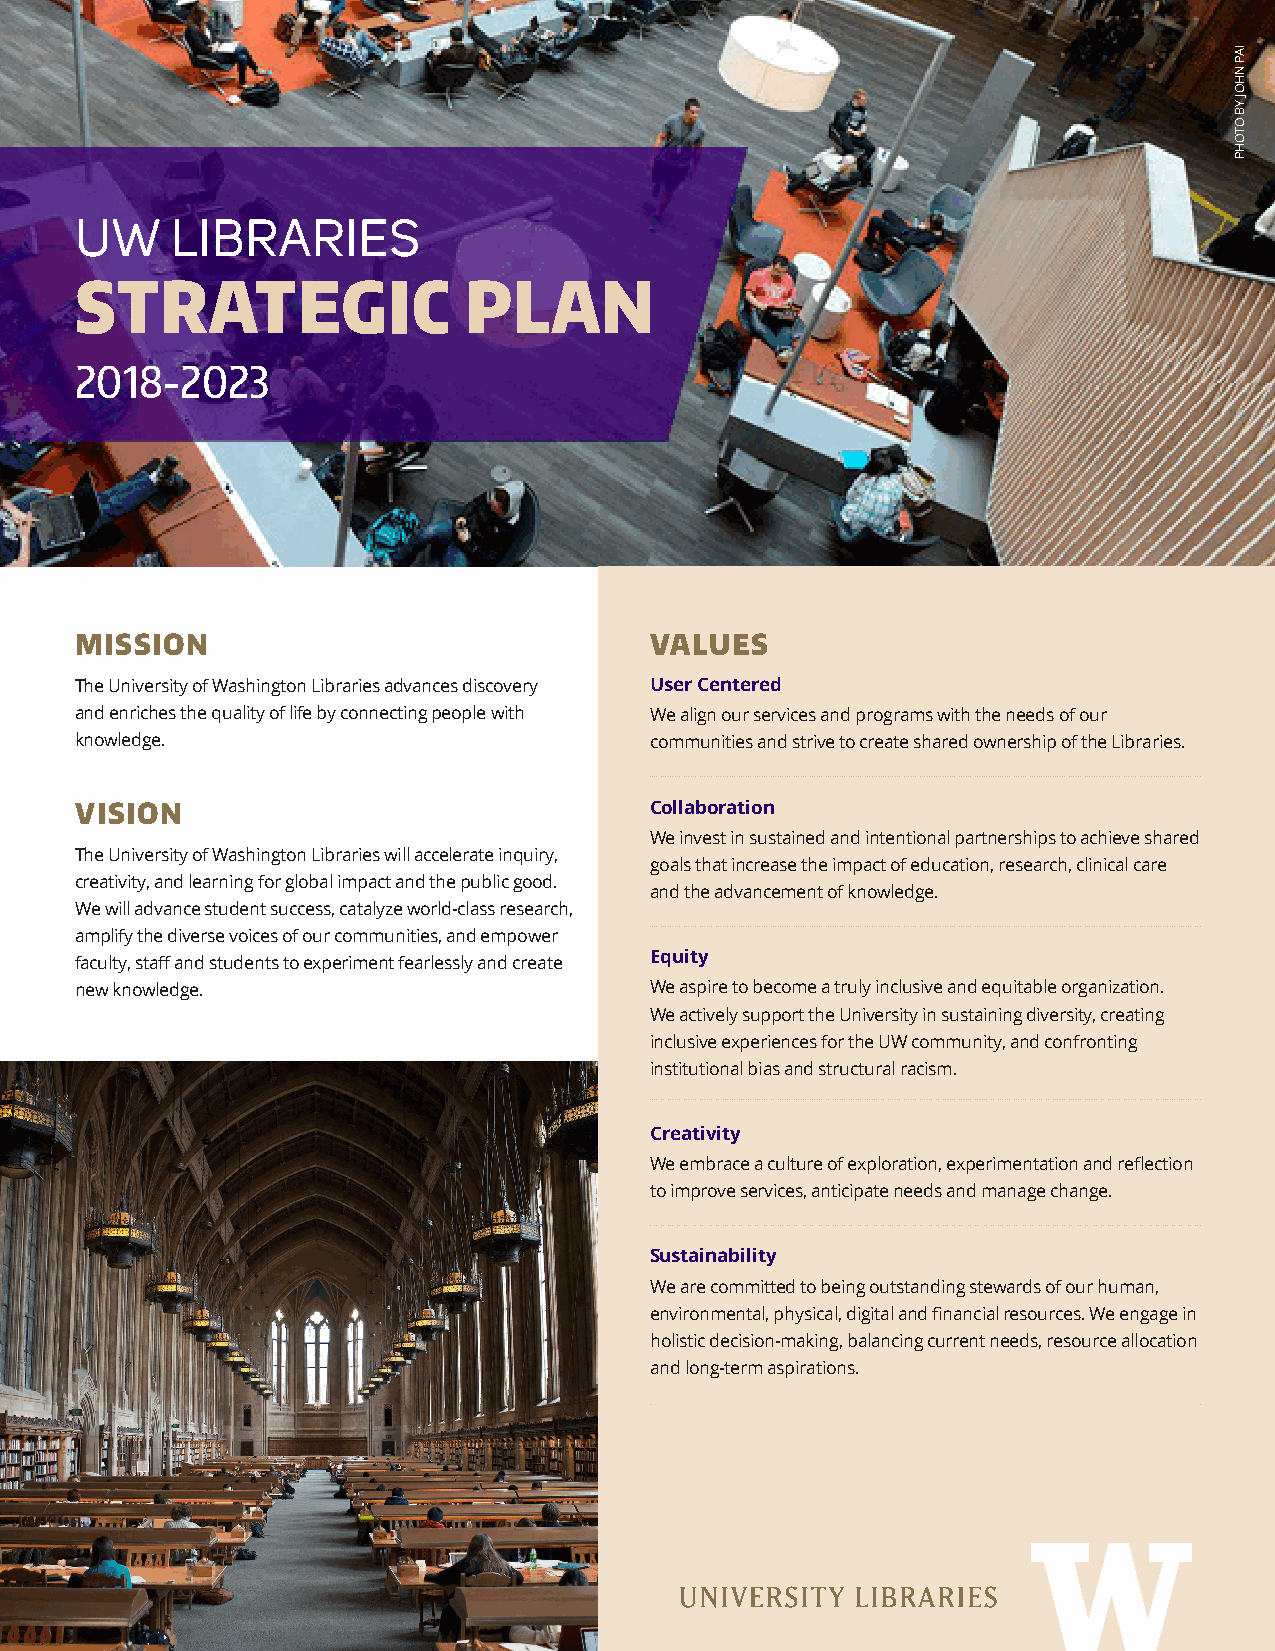
UW    LIBRARIES
 STRATEGIC                 PLAN
 2018-2023
 MISSION                               VALUES
 The University of Washington Libraries advances discovery User Centered
 and enriches the quality of life by connecting people with We align our services and programs with the needs of our
 knowledge.                            communities and strive to create shared ownership of the Libraries.
 VISION                                Collaboration
 We invest in sustained and intentional partnerships to achieve shared
 The University of Washington Libraries will accelerate inquiry,
 goals that increase the impact of education, research, clinical care
 creativity, and learning for global impact and the public good.
 and the advancement of knowledge.
 We will advance student success, catalyze world-class research,
 amplify the diverse voices of our communities, and empower
 faculty, staff and students to experiment fearlessly and create Equity
 new knowledge.                        We aspire to become a truly inclusive and equitable organization.
 We actively support the University in sustaining diversity, creating
 inclusive experiences for the UW community, and confronting
 institutional bias and structural racism.
 Creativity
 We embrace a culture of exploration, experimentation and reflection
 to improve services, anticipate needs and manage change.
 Sustainability
 We are committed to being outstanding stewards of our human,
 environmental, physical, digital and financial resources. We engage in
 holistic decision-making, balancing current needs, resource allocation
 and long-term aspirations.
 IAP
 NHOJ
 YB
 OTOHP